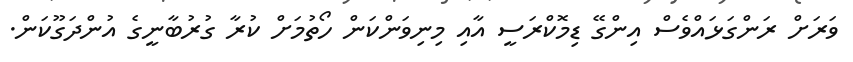
ވަރަށް ރަންގަޅައްވެސް އިންގޭ ޑިމޮކްރަސީ އާއި މިނިވަންކަން ހޯތުމަށް ކުރާ ގުރުބާނީގެ އުންދަގޫކަން.